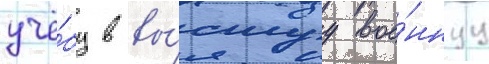
учё́бу в вы́сшуу вое́ннуу